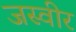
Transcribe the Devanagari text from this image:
जस्वीर